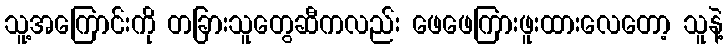
သူ့အကြောင်းကို တခြားသူတွေဆီကလည်း ဖေဖေကြားဖူးထားလေတော့ သူနဲ့